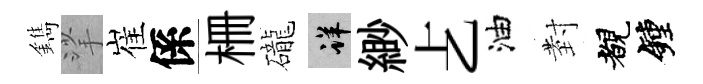
鐫挲崔係栅礲详緲𠧒油𭔹覩鐘